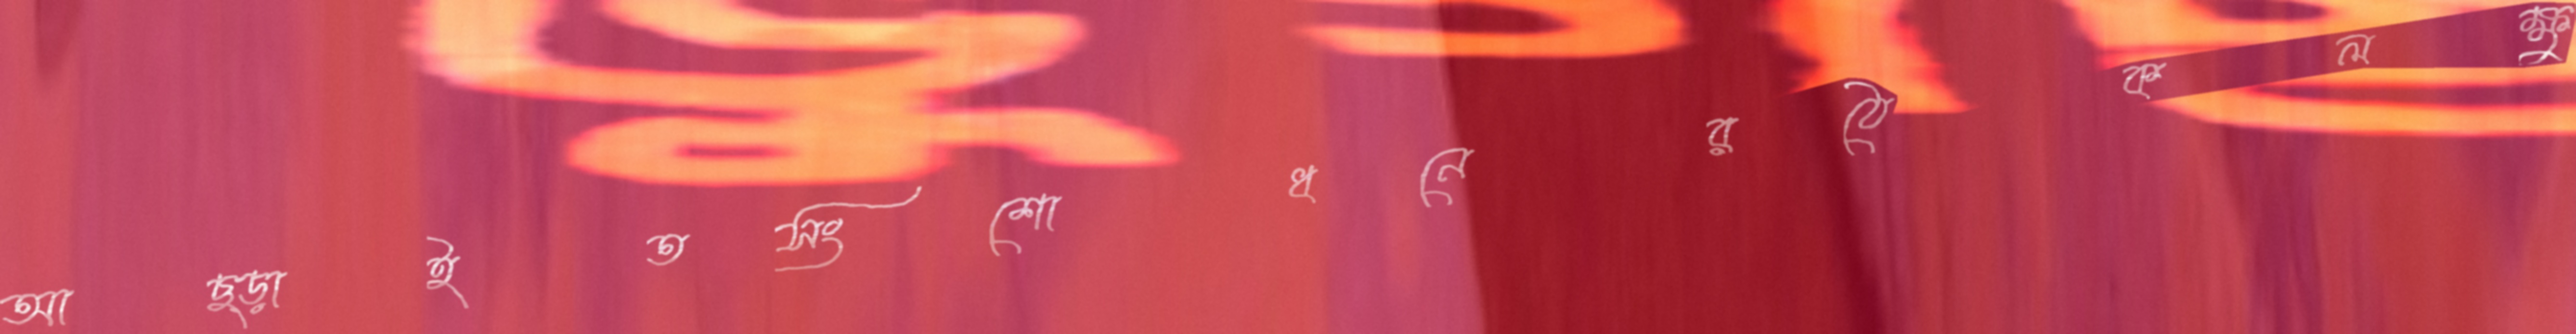
আছ্‌ড়াইতসংশোধনেরঠেকলক্ষু